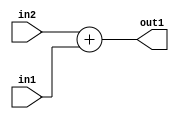
`timescale 1ps / 1ps
/*****************************************************************************
    Verilog RTL Description
    
    
    Created by: Stratus DpOpt 21.05.01 
*******************************************************************************/

module SobelFilter_Add_24Ux10U_25S_1 (
	in2,
	in1,
	out1
	); /* architecture "behavioural" */ 
input [23:0] in2;
input [9:0] in1;
output [24:0] out1;
wire [24:0] asc001;

assign asc001 = 
	+(in2)
	+(in1);

assign out1 = asc001;
endmodule

/* CADENCE  urn0TQA= : u9/ySxbfrwZIxEzHVQQV8Q== ** DO NOT EDIT THIS LINE ******/